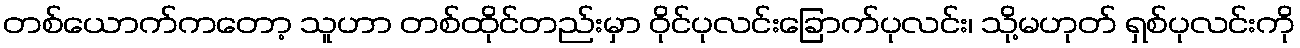
တစ်ယောက်ကတော့ သူဟာ တစ်ထိုင်တည်းမှာ ဝိုင်ပုလင်းခြောက်ပုလင်း၊ သို့မဟုတ် ရှစ်ပုလင်းကို